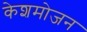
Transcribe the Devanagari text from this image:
केशमोजन